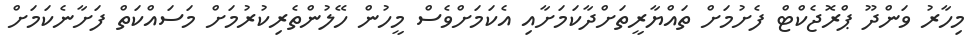
މިހާރު ވަންދޫ ޕްރޮޖެކްޓް ފެށުމަށް ތައްޔާރީތަށްދާކަމަށާއި އެކަމަށްވެސް މީހުން ހޭލުންތެރިކުރުމަށް މަސައްކަތް ފަށާނެކަމަށް